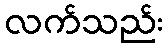
လက်သည်း